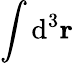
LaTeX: \int\mathrm{d}^{3}\mathbf{{r}}